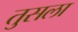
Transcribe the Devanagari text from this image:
तुसला